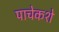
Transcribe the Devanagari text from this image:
पाचेकशे